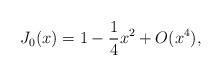
LaTeX: \begin{align*}J_0(x)=1-\frac{1}{4}x^2+O(x^4),\end{align*}